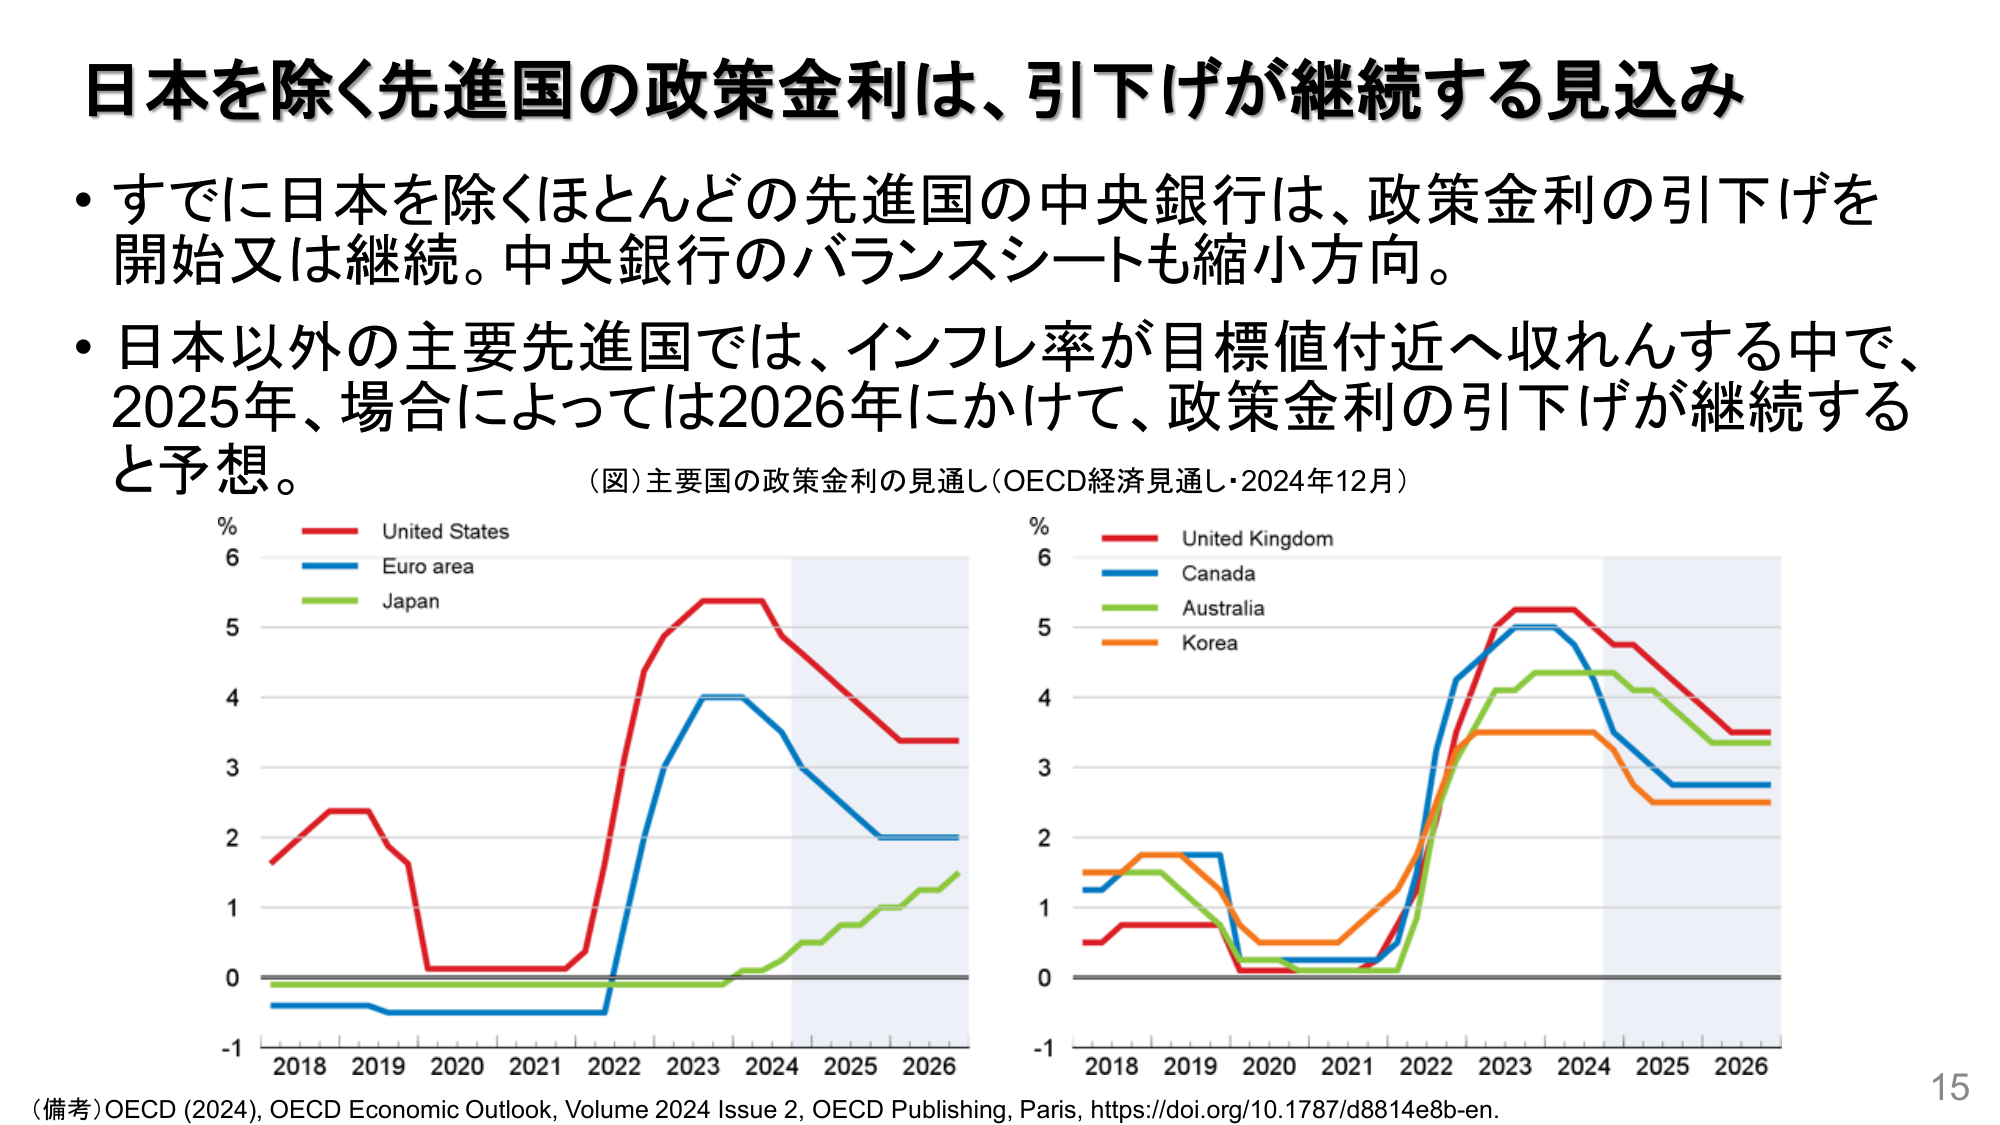
日本を除く先進国の政策金利は、引下げが継続する見込み

・すでに日本を除くほとんどの先進国の中央銀行は、政策金利の引下げを開始又は継続。中央銀行のバランスシートも縮小方向。

・日本以外の主要先進国では、インフレ率が目標値付近へ収れんする中で、2025年、場合によっては2026年にかけて、政策金利の引下げが継続すると予想。

（図）主要国の政策金利の見通し（OECD経済見通し・2024年12月）

% United States
6
Euro area
5
Japan
4
3
2
1
0
-1
2018 2019 2020 2021 2022 2023 2024 2025 2026

% United Kingdom
6
Canada
5
Australia
4
Korea
3
2
1
0
-1
2018 2019 2020 2021 2022 2023 2024 2025 2026

（備考）OECD (2024), OECD Economic Outlook, Volume 2024 Issue 2, OECD Publishing, Paris, https://doi.org/10.1787/d8814e8b-en.

15